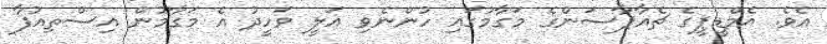
އެވެ. އެމްޑީޕީގެ ޗެއާޕާސަންގެ މަގާމުގައި ހުންނެވި އަލީ ވަހީދު އެ މަގާމުން އިސްތިއުފާ